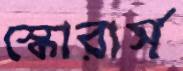
স্কোরার্স